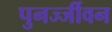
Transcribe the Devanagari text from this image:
पुनर्ज्जीवन